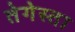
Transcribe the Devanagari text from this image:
तेगेस्ता